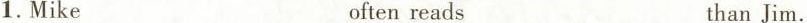
1.Mike often reads thanJim.